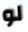
لو